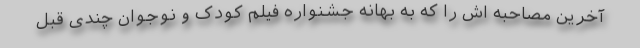
آخرین مصاحبه اش را که به بهانه جشنواره فیلم کودک و نوجوان چندی قبل